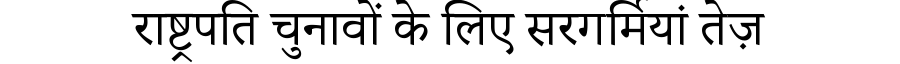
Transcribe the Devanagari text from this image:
राष्ट्रपति चुनावों के लिए सरगर्मियां तेज़